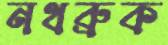
নথব্রুক